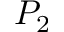
P _ { 2 }